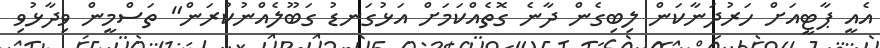
އެއީ ޕާޓީއަށް ހަރުދަނާކަން ލިބިގެން ދާނެ ގޮތެއްކަމަށް އަޅުގަނޑު ގަބޫލެއްނުކުރަން" ތަސްމީން ވިދާޅުވި